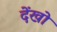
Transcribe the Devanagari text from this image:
देंखो